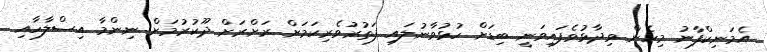
އެމަނިކްފާނު މިހެން ވިދާޅުވެފައިވަނީ ބިޑަށް ހުޅުވާނުލައި ފަތުރުވެރިކަމަށް ރަށްރަށް ދޫކުރުމަށް ނިންމާ އިސްލާހާއި